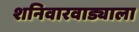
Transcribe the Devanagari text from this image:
शनिवारवाड्याला